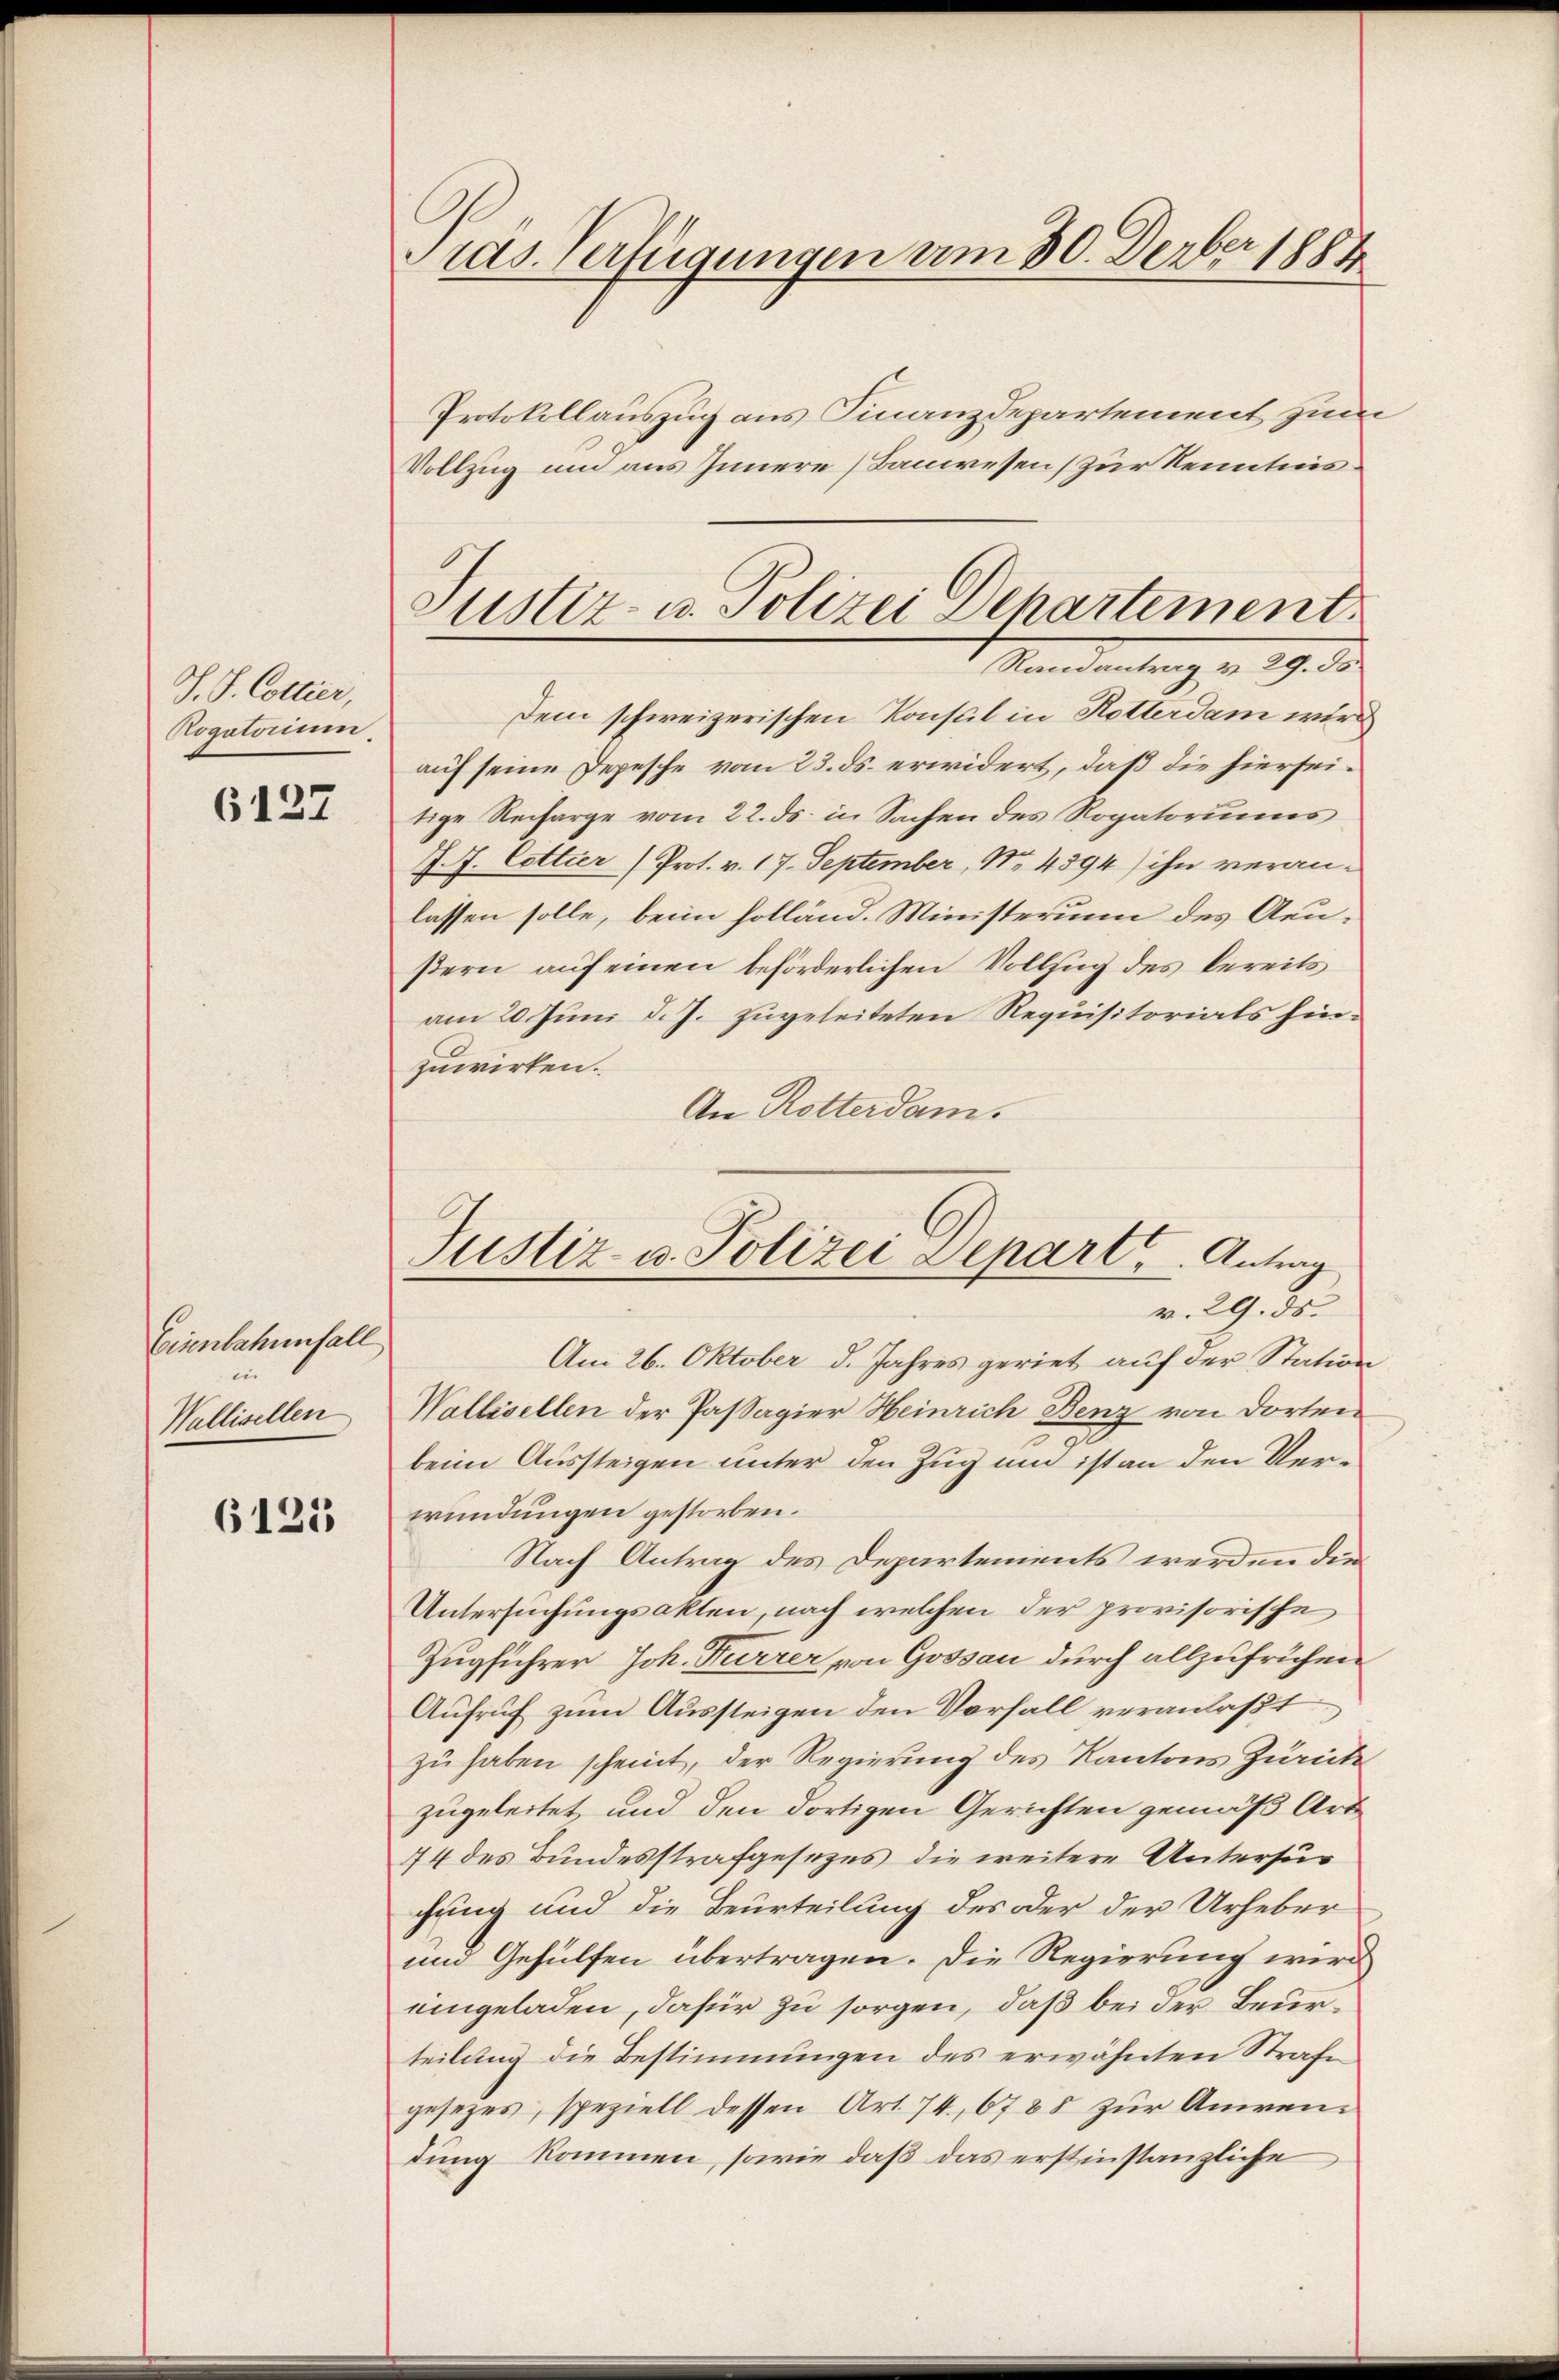
S. S. Collier,
Rogatorium.

6127

Eienbahnnfall
e
Wallisellen

6125

Präs. Verfügungen vom 30. Deuber 1884

Protokollauszug aus Finanzdepartement zum
Vollzug und aus Innere Bauwesen (zur Kenntnis¬
Dem schweizerischen Konsul in Rotterdam wir
auf seine Depesche vom 23. ds. erwidert, daß die hierseitige Reiharge vom 22. ds. in Sachen des Rogatorius
J. J. Cottier (Prot. v. 17. September, No. 4594) ihn veranlassen solle, beim holländ. Ministerum des Aeußern auf einen beförderlichen Vollzug des bereits
am 20. Juni d. J. zugeleiteten Requisitorials hinzuwirken.
An Rotterdam.
v. 29. ds.
Am 26. Oktober d. Jahres geriet auf der Station
Wallisellen der Passagier Heinrich Benz von dorteibeim Aussteigen unter den Zug und ist an den Verwundungen gestorben.
Nach Antrag des Departements werden die
Untersuchungsakten, nach welchen der provisorische
Zugführer Joh. Furrer von Gossau durch allzufrühen
Aufruf zum Aussteigen den Vorfall veranlaßt
zu haben scheint, der Regierung des Kantons Zürich
zugeleitet, und den dortigen Gerichten gemäß Art
74 des Bundesstrafgesezes die weitere Untersuc
chung und die Beurteilung des oder der Urheber
und Gehülfen übertragen. Die Regierung wird
eingeladen, dafür zu sorgen, daß bei der Beurteilung die Bestimmungen des erwähnten Strafe
gesetzes, speziell dessen Art. 74, 6788 zur Anwendung kommen, sowie daß das erstinstanzliche

Justiz- u. Polizei Departement
Randantrag v. 29. ds

Justiz- u. Polizei Depart. Antrag